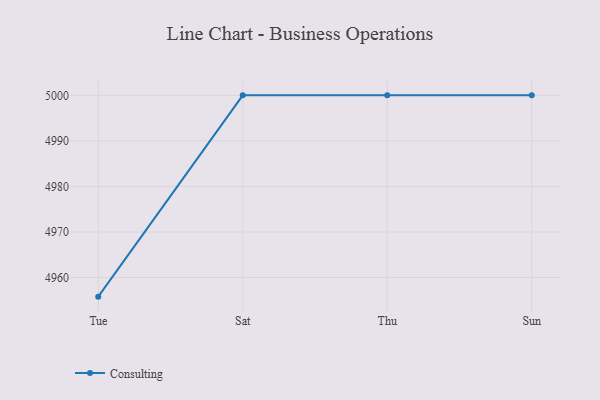
{"axis": {"x": "Day", "y": "Bounce Rate (%)"}, "legend": ["Consulting"], "data": [{"x": "Tue", "y": 4955.8, "type": "Consulting"}, {"x": "Sat", "y": 5000, "type": "Consulting"}, {"x": "Thu", "y": 5000, "type": "Consulting"}, {"x": "Sun", "y": 5000, "type": "Consulting"}]}